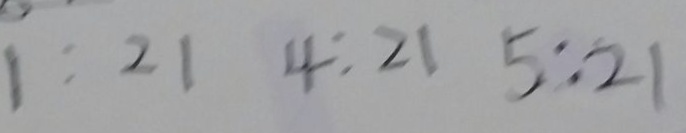
1 : 2 1 4 : 2 1 5 : 2 1